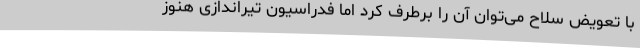
با تعویض سلاح می‌توان آن را برطرف کرد اما فدراسیون تیراندازی هنوز